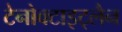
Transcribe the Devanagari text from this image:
टेनोक्टाइट्लैन